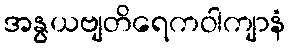
အနွယဗျတိရေကဝါကျာနံ